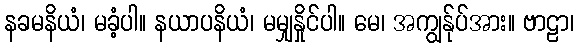
နခမနိယံ၊ မခံ့ပါ။ နယာပနိယံ၊ မမျှနှိုင်ပါ။ မေ၊ အကျွန်ုပ်အား။ ဗာဠာ၊